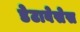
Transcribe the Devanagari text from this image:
डेटाबेसेस